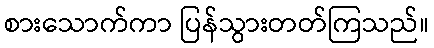
စားသောက်ကာ ပြန်သွားတတ်ကြသည်။